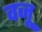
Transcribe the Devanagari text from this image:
वजू